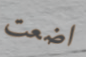
اضعت